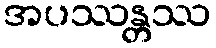
အပဿန္တဿ